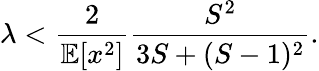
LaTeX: \lambda<\frac{2}{\mathbb{E}[x^{2}]}\frac{S^{2}}{3S+(S-1)^{2}}.